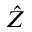
\hat { Z }